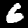
Label: 6